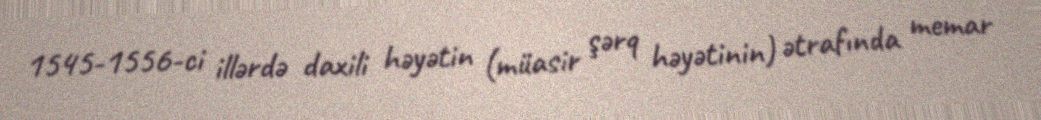
1545-1556-ci illərdə daxili həyətin (müasir şərq həyətinin) ətrafında memar